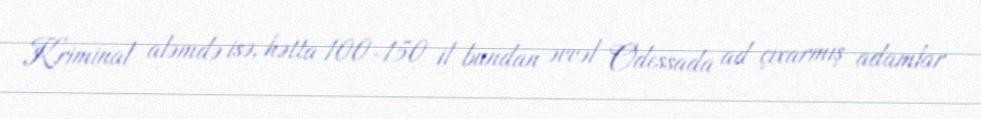
Kriminal aləmdə isə, hətta 100-150 il bundan əvvəl Odessada ad çıxarmış adamlar